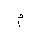
Letter: _mim